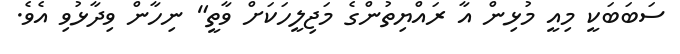
ސަބަބަކީ މިއީ މުޅިން އާ ރައްޔިތުންގެ މަޖިލީހަކަށް ވާތީ" ނިހާން ވިދާޅުވި އެވެ.